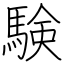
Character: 験